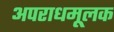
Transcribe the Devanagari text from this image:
अपराधमूलक